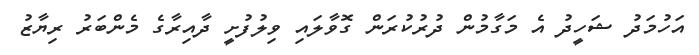
އަހުމަދު ޝަހީދު އެ މަގާމުން ދުރުކުރަން ގޮވާލައި ވިލުފުށީ ދާއިރާގެ މެންބަރު ރިޔާޒު